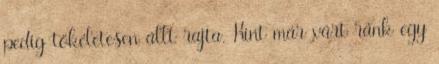
pedig tökéletesen állt rajta. Kint már várt ránk egy